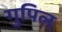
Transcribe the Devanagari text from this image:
गुपिल